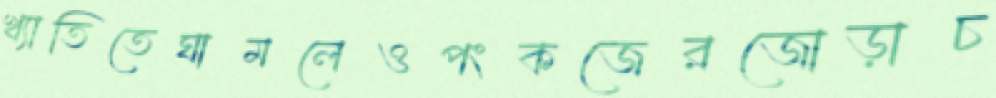
খ্যাতিতেঘামলেওপংকজেরজোড়াচ